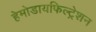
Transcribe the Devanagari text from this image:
हेमोडायफिल्ट्रेशन